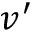
v ^ { \prime }